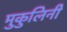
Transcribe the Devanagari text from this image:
मुकुलिनी